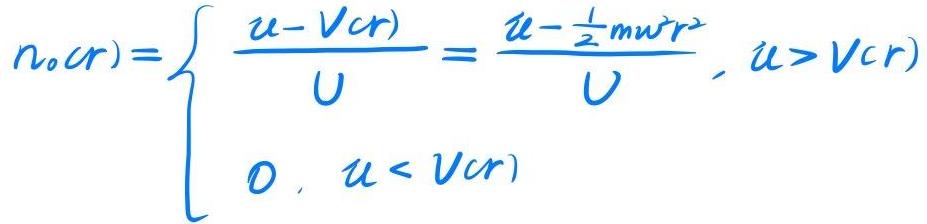
$n_{o}(r)=\left\{\begin{array}{l}\frac{u - V(r)}{U}=\frac{u-\frac{1}{2}m\omega r^{2}}{U},u > V(r)\\0,u < V(r)\end{array}\right.$